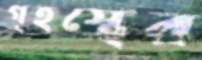
গৃহস্থের